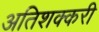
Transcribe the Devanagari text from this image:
अतिशक्करी